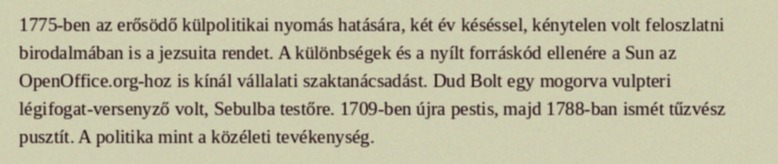
1775-ben az erősödő külpolitikai nyomás hatására, két év késéssel, kénytelen volt feloszlatni birodalmában is a jezsuita rendet. A különbségek és a nyílt forráskód ellenére a Sun az OpenOffice.org-hoz is kínál vállalati szaktanácsadást. Dud Bolt egy mogorva vulpteri légifogat-versenyző volt, Sebulba testőre. 1709-ben újra pestis, majd 1788-ban ismét tűzvész pusztít. A politika mint a közéleti tevékenység.